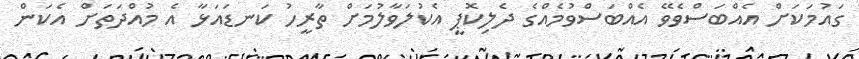
ގައުމަކަށް އެއްބަސްވެވޭ އެއްބަސްވުމެއްގެ ދެލިކޮޕީ އެކުލަވާލުމަށް ތާރީހު ކަނޑައަޅާ އެ މުއްދަތަށް އެކަން